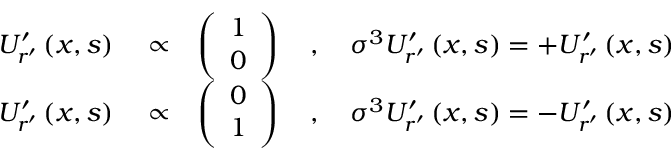
\begin{array} { r l r } { U _ { r ^ { \prime } } ^ { \prime } \left( x , s \right) } & { { } \propto } & { \left( \begin{array} { c } { 1 } \\ { 0 } \end{array} \right) \quad , \quad \sigma ^ { 3 } U _ { r ^ { \prime } } ^ { \prime } \left( x , s \right) = + U _ { r ^ { \prime } } ^ { \prime } \left( x , s \right) } \\ { U _ { r ^ { \prime } } ^ { \prime } \left( x , s \right) } & { { } \propto } & { \left( \begin{array} { c } { 0 } \\ { 1 } \end{array} \right) \quad , \quad \sigma ^ { 3 } U _ { r ^ { \prime } } ^ { \prime } \left( x , s \right) = - U _ { r ^ { \prime } } ^ { \prime } \left( x , s \right) } \end{array}